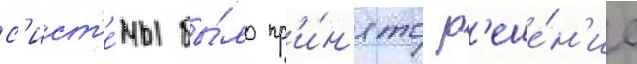
с'ист'е́мы бы́ло пр'и́н'ято р'еше́н'ие